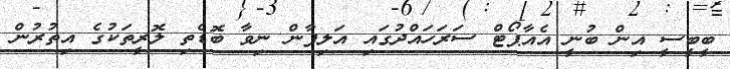
ބީބީސީ އިން ބުނީ އެއާޕޯޓް ސަރަހައްދުގައި އަލިފާން ނިވާ ބޮޑެތި ލޮރީތަކުގެ އިތުރުން